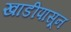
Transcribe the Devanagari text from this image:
खाडीपासून